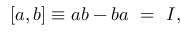
[ a , b ] \equiv a b - b a \ = \ I ,